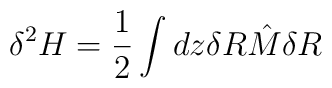
\delta^2H=\frac{1}{2}\int dz\delta R{\hat M}\delta R